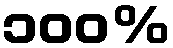
၁၀၀%